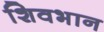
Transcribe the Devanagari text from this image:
शिवभान